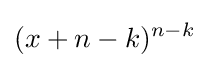
(x+n-k)^{n-k}